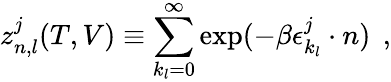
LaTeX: z_{n,l}^{j}(T,V)\equiv\sum_{k_{l}=0}^{\infty}\exp(-\beta\epsilon_{k_{l}}^{j}\cdot n)\: \: ,